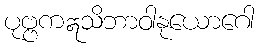
ပုဗ္ဗကဣသိဘာဝါနုယောဂေါ